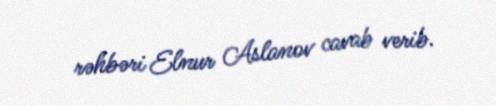
rəhbəri Elnur Aslanov cavab verib.